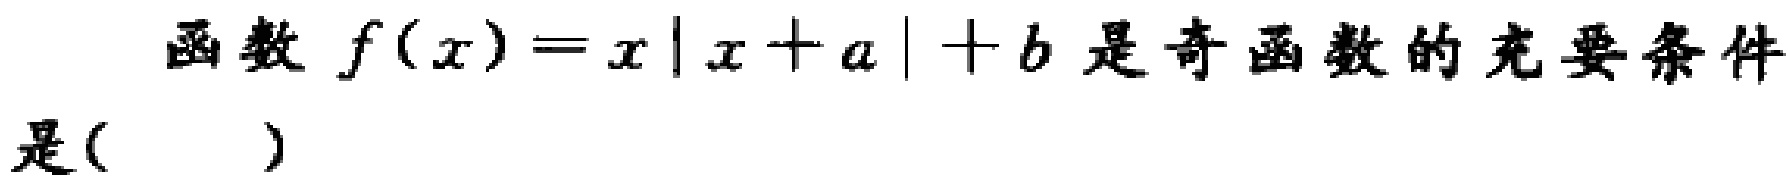
函数\(f(x)=x|x + a|+b\)是奇函数的充要条件是( )